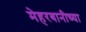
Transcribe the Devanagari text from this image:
मेहरबानीच्या